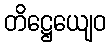
တိဋ္ဌေယျေဝ